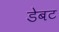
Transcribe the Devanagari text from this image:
डेबट